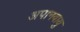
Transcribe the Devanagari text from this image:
अपानवायु